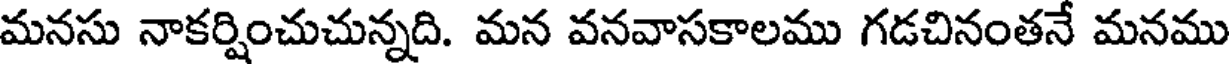
మనసు నాకర్షించుచున్నది. మన వనవాసకాలము గడచినంతనే మనము